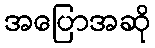
အပြောအဆို